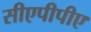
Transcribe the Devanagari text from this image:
सीएपीपीए